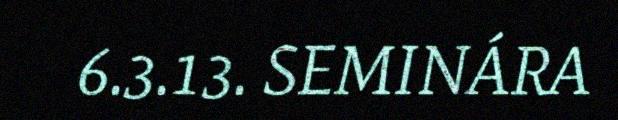
6.3.13. SEMINÁRA